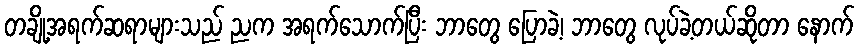
တချို့အရက်ဆရာများသည် ညက အရက်သောက်ပြီး ဘာတွေ ပြောခဲ့၊ ဘာတွေ လုပ်ခဲ့တယ်ဆိုတာ နောက်